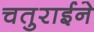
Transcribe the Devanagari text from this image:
चतुराईने